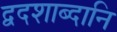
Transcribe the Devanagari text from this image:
द्वदशाब्दानि